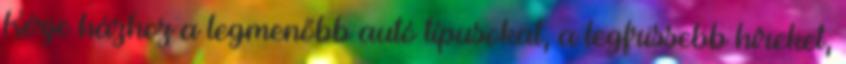
Kérje házhoz a legmenőbb autó típusokat, a legfrissebb híreket,